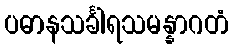
ပဓာနသင်္ခါရသမန္နာဂတံ